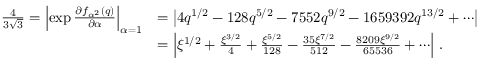
\begin{array} { r l } { { \frac { 4 } { 3 \sqrt { 3 } } } = \left| \exp { \frac { \partial f _ { \alpha ^ { 2 } } ( q ) } { \partial \alpha } } \right| _ { \alpha = 1 } } & { = \left| 4 q ^ { 1 / 2 } - 1 2 8 q ^ { 5 / 2 } - 7 5 5 2 q ^ { 9 / 2 } - 1 6 5 9 3 9 2 q ^ { 1 3 / 2 } + \cdots \right| } \\ & { = \left| \xi ^ { 1 / 2 } + { \frac { \xi ^ { 3 / 2 } } { 4 } } + { \frac { \xi ^ { 5 / 2 } } { 1 2 8 } } - { \frac { 3 5 \xi ^ { 7 / 2 } } { 5 1 2 } } - { \frac { 8 2 0 9 \xi ^ { 9 / 2 } } { 6 5 5 3 6 } } + \cdots \right| \, . } \end{array}